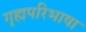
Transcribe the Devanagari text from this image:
गृह्यपरिभाषा